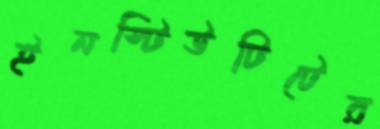
ইনস্টিউটিটের